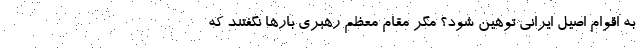
به اقوام اصیل ایرانی توهین شود؟ مگر مقام معظم رهبری بارها نگفتند که